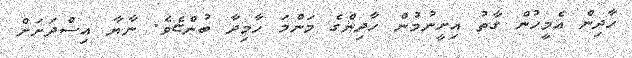
ހާދިން އެމީހުން ގާތު އިށީނުމުން ހާދިންގެ މަންމަ ހާމިދާ ބުންޏެވެ. ނާޔާ އިސްދަށަށް